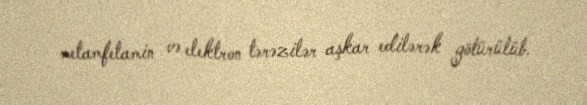
metamfetamin və elektron tərəzilər aşkar edilərək götürülüb.